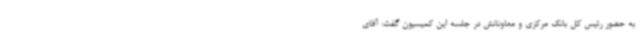
به حضور رئیس کل بانک مرکزی و معاونانش در جلسه این کمیسیون گفت: آقای